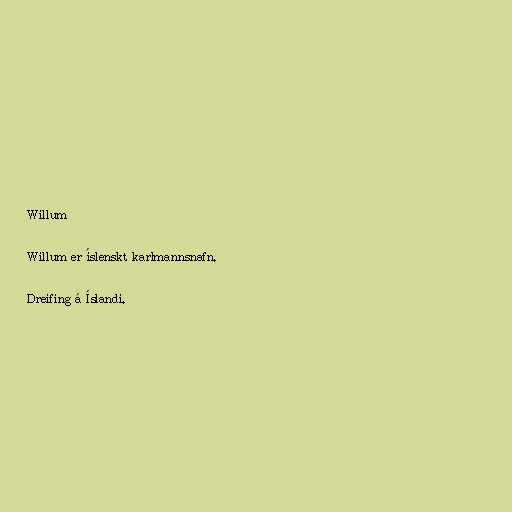
Willum

Willum er íslenskt karlmannsnafn.

Dreifing á Íslandi.